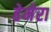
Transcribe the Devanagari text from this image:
हेमेरा